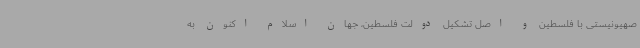
صهیونیستی با فلسطین‌ و اصل تشکیل دولت فلسطین، جهان اسلام اکنون به